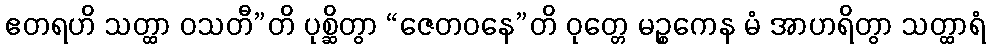
ဧတရဟိ သတ္ထာ ဝသတီ”တိ ပုစ္ဆိတွာ “ဇေတဝနေ”တိ ဝုတ္တေ မဉ္စကေန မံ အာဟရိတွာ သတ္ထာရံ